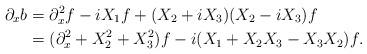
LaTeX: \begin{align*} \partial_xb &= \partial_x^2f-iX_1f+(X_2+iX_3)(X_2-iX_3)f \\ &= (\partial_x^2+X_2^2+X_3^2)f-i(X_1+X_2X_3-X_3X_2)f. \end{align*}